Annual vaccination report of Bihar and Orissa - 1911-1928
Year: 1911
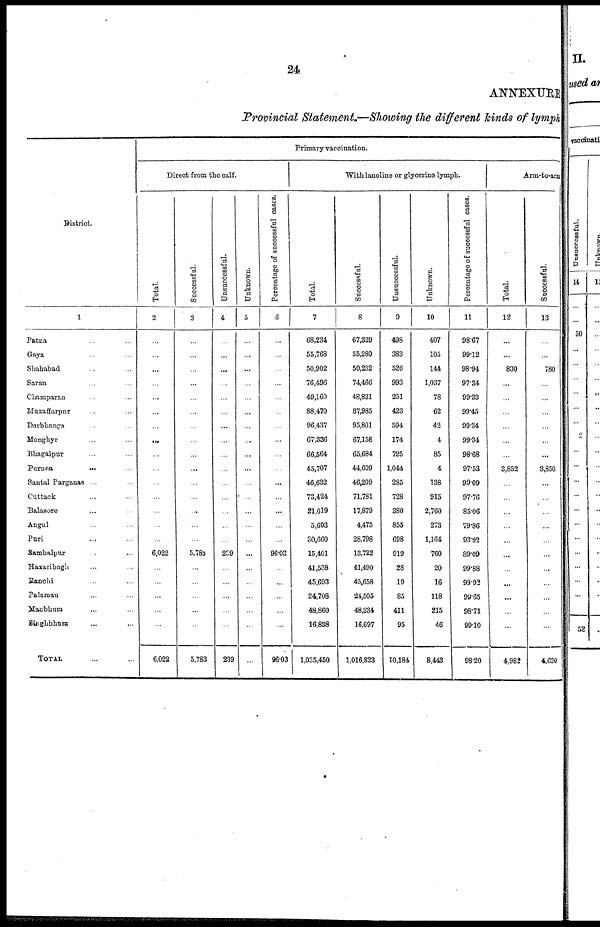
24
ANNEXURE
Provincial Statement.—Showing the different kinds of lymph
District.
1
Patna... ... ...
Gaya... ... ...
Shahabad... ...
Saran... ...
Champaran... ...
Muzaffarpur... ...
Darbhanga... ...
Monghyr... ...
Bhagalpur... ...
Purnea...
...
Santal Parganas ...
Cuttack... ...
Balasore... ...
Angul... ...
Puri... ...
Sambalpur... ...
Hazaribagh... ...
Ranchi... ...
Palamau... ...
Manbhum... ...
Singhbhum... ...
TOTAL...
Primary vaccination.
Direct from the calf.
Total.
2
...
...
...
...
...
...
...
...
...
...
...
...
...
...
...
6,022
...
...
...
...
...
6,022
Successful.
3
...
...
...
...
...
...
...
...
...
...
...
...
...
...
...
5,783
...
...
...
...
...
5,783
Unsuccessful.
4
...
...
...
...
...
...
...
...
...
...
...
...
...
...
...
289
...
...
...
...
...
239
Unknown.
5
...
...
...
...
...
...
...
...
...
...
...
...
...
...
...
...
...
...
...
...
...
...
Percentage of successful cases.
6
...
...
...
...
...
...
...
...
...
...
...
...
...
...
...
96.03
...
...
...
...
...
96.03
Withlanoline or glycerine lymph.
Total.
7
68,234
55,768
50,902
76,496
49,160
88,470
96,437
67,336
66,564
45,707
46,632
73,424
21,019
5,603
30,660
15,401
41,538
45,693
24,708
48,860
16,838
1,035,450
Successful.
8
67,329
55,280
50,232
74,466
48,831
87,985
95,801
67,158
65,684
44,609
46,209
71,781
17,879
4,475
28,798
13,722
41,490
45,658
24,505
48,234
16,697
1,016,823
Unsuccessful.
9
498
383
526
993
251
423
594
174
795
1,044
285
728
380
855
698
919
28
19
85
411
95
10,184
Unknown.
10
407
105
144
1,037
78
62
42
4
85
4
138
915
2,760
273
1,164
760
20
16
118
215
46
8,443
Percentage of successful cases.
11
98.67
99.12
98.94
97.34
99.33
99.45
99.34
99.34
98.68
97.53
99.09
97.76
85.06
79.86
93.92
89.09
99.88
99.92
99.65
98.71
99.10
98.20
Arm-to-arm
Total.
12
...
...
830
...
...
...
...
...
...
3,852
...
...
...
...
...
...
...
...
...
...
...
4,982
Successful.
13
...
...
780
...
...
...
...
...
...
3,850
...
...
...
...
...
...
...
...
...
...
...
4,630